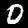
Digit: 0